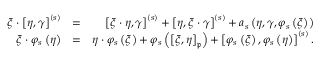
\begin{array} { r l r } { \xi \cdot \left[ \eta , \gamma \right] ^ { \left( s \right) } } & { = } & { \left[ \xi \cdot \eta , \gamma \right] ^ { \left( s \right) } + \left[ \eta , \xi \cdot \gamma \right] ^ { \left( s \right) } + a _ { s } \left( \eta , \gamma , \varphi _ { s } \left( \xi \right) \right) } \\ { \xi \cdot \varphi _ { s } \left( \eta \right) } & { = } & { \eta \cdot \varphi _ { s } \left( \xi \right) + \varphi _ { s } \left( \left[ \xi , \eta \right] _ { \mathfrak { p } } \right) + \left[ \varphi _ { s } \left( \xi \right) , \varphi _ { s } \left( \eta \right) \right] ^ { \left( s \right) } . } \end{array}